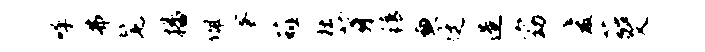
呼弗髦播佩蜜薤杜芽精兼廷造窈爱蕤艾